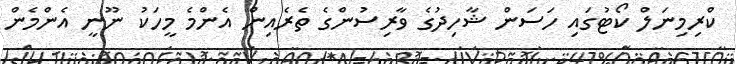
ކްރިމިނަލް ކޯޓުގައި ހަސަން ޝާހިދުގެ ވާރިސުންގެ ތެރެއިން އެންމެ މީހަކު ނޫނީ އެންމެން